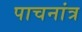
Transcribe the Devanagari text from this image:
पाचनांत्र